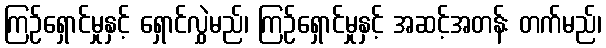
ကြဉ်ရှောင်မှုနှင့် ရှောင်လွှဲမည်၊ ကြဉ်ရှောင်မှုနှင့် အဆင့်အတန်း တက်မည်၊